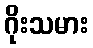
ဂိုးသမား